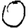
Digit: 0